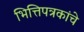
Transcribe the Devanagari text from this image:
भित्तिपत्रकांचे